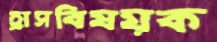
হ্রাসবিষয়ক